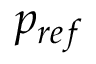
p _ { r e f }